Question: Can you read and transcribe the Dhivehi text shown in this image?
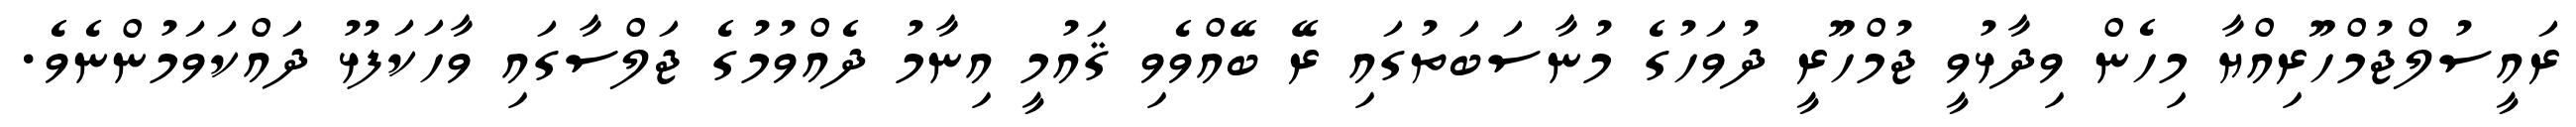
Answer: ރައީސުލްޖުމްހޫރިއްޔާ މިހެން ވިދާޅުވީ ޖުމްހޫރީ ދުވަހުގެ މުނާސަބަތުގައި ރޭ ބޭއްވެވި ޤައުމީ އިނާމު ދެއްވުމުގެ ޖަލްސާގައި ވާހަކަފުޅު ދައްކަވަމުންނެވެ.